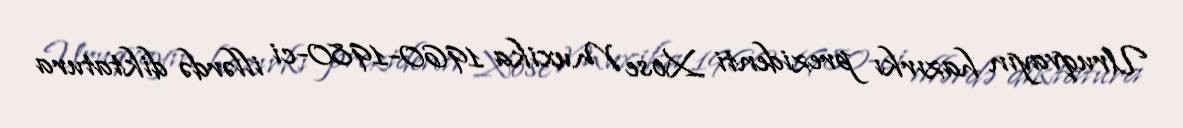
Uruqvayın hazırkı prezidenti Xose Muxika 1960-1980-ci illərdə diktatura